Vaccine operations Central Provinces 1868-1885 - 1868-1885
Year: 1868
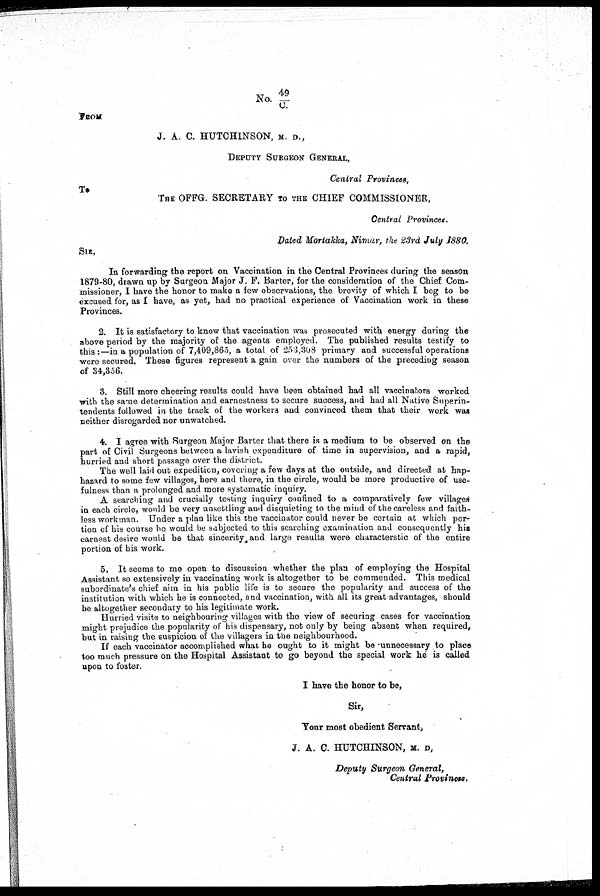
No.49/C.
FROM
J. A. C. HUTCHINSON, M. D.,
DEPUTY SURGEON GENERAL,
Central Provinces,
To
THE OFFG. SECRETARY TO THE CHIEF COMMISSIONER,
Central Provinces.
Dated Mortakka, Nimar, the 23rd July 1880.
SIR,
In forwarding the report on Vaccination in the Central Provinces during the season
1879-80, drawn up by Surgeon Major J. F. Barter, for the consideration of the Chief Com-
missioner, I have the honor to make a few observations, the brevity of which I beg to be
excused for, as I have, as yet, had no practical experience of Vaccination work in these
Provinces.
2. It is satisfactory to know that vaccination was prosecuted with energy during the
above period by the majority of the agents employed. The published results testify to
this:—in a population of 7,409,865, a total of 253,308 primary and successful operations
were secured. These figures represent a gain over the numbers of the preceding season
of 34,356.
3. Still more cheering results could have been obtained had all vaccinators worked
with the same determination and earnestness to secure success, and had all Native Superin-
tendents followed in the track of the workers and convinced them that their work was
neither disregarded nor unwatched.
4. I agree with Surgeon Major Barter that there is a medium to be observed on the
part of Civil Surgeons between a lavish expenditure of time in supervision, and a rapid,
hurried and short passage over the district.
The well laid out expedition, covering a few days at the outside, and directed at hap-
hazard to some few villages, here and there, in the circle, would be more productive of use-
fulness than a prolonged and more systematic inquiry.
A searching and crucially testing inquiry confined to a comparatively few villages
in each circle, would be very unsettling and disquieting to the mind of the careless and faith-
less workman. Under a plan like this the vaccinator could never be certain at which por-
tion of his course he would be subjected to this searching examination and consequently his
earnest desire would be that sincerity and large results were characterstic of the entire
portion of his work.
5. It seems to me open to discussion whether the plan of employing the Hospital
Assistant so extensively in vaccinating work is altogether to be commended. This medical
subordinate's chief aim in his public life is to secure the popularity and success of the
institution with which he is connected, and vaccination, with all its great advantages, should
be altogether secondary to his legitimate work.
Hurried visits to neighbouring villages with the view of securing cases for vaccination
might prejudice the popularity of his dispensary, not only by being absent when required,
but in raising the suspicion of the villagers in the neighbourhood.
If each vaccinator accomplished what he ought to it might be -unnecessary to place
too much pressure on the Hospital Assistant to go beyond the special work he is called
upon to foster.
I have the honor to be,
Sir,
Your most obedient Servant,
J. A. C. HUTCHINSON, M. D,
Deputy Surgeon General,
Central Provinces.